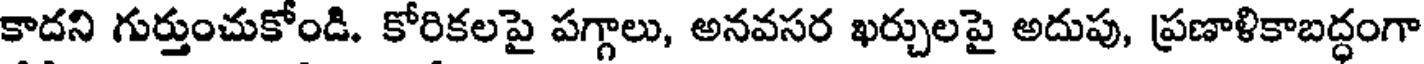
కాదని గుర్తుంచుకోండి. కోరికలపై పగ్గాలు, అనవసర ఖర్చులపై అదుపు, ప్రణాళికాబద్ధంగా